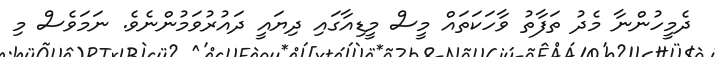
ދެމީހުންނާ މެދު ތަފާތު ވާހަކަތައް މީސް މީޑިއާގައި ދިޔައީ ދައުރުވަމުންނެވެ. ނަމަވެސް މި